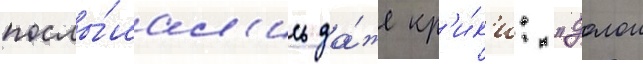
послы́шал'ись да́же кр'и́к'и: "долои